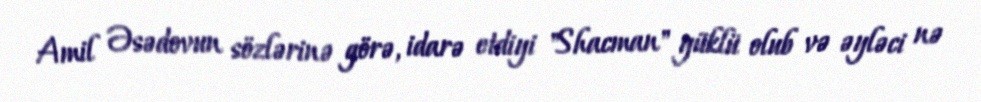
Amil Əsədovun sözlərinə görə, idarə etdiyi "Shacman" yüklü olub və əyləci nə